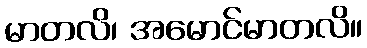
မာတလိ၊ အမောင်မာတလိ။